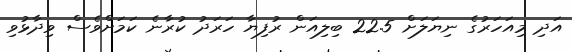
އަދި މިއަހަރުގެ ނިޔަލަށް 22.5 ބިލިއަން ރުފިޔާ ހަރަދު ކުރާނެ ކަމަށްވެސް ވިދާޅުވި